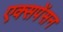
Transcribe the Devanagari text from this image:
एक्सपेंसन